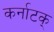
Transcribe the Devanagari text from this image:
कर्नाटक्